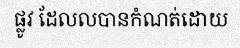
ផ្លូវ ដែលលបានកំណត់ដោយ